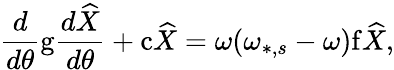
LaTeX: \frac{d}{d\theta}\mathrm{g}\frac{d\widehat{X}}{d\theta}+\mathrm{c}\widehat{X}=\omega(\omega_{*,s}-\omega)\mathrm{f}\widehat{X},